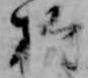
於